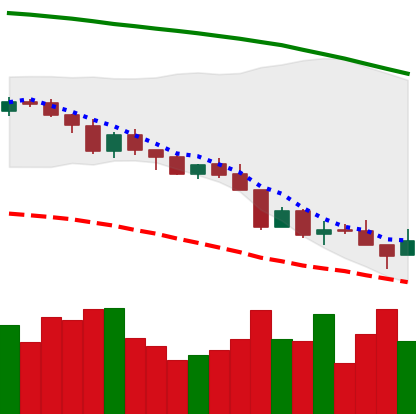
Ticker: XMR-USD
Chart end date: 2018-08-15
Forward return: 4.273%
Label: up_3_5